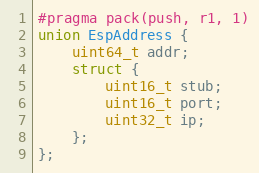
Language: C
#pragma pack(push, r1, 1)
union EspAddress {
    uint64_t addr;
    struct {
        uint16_t stub;
        uint16_t port;
        uint32_t ip;
    };
};